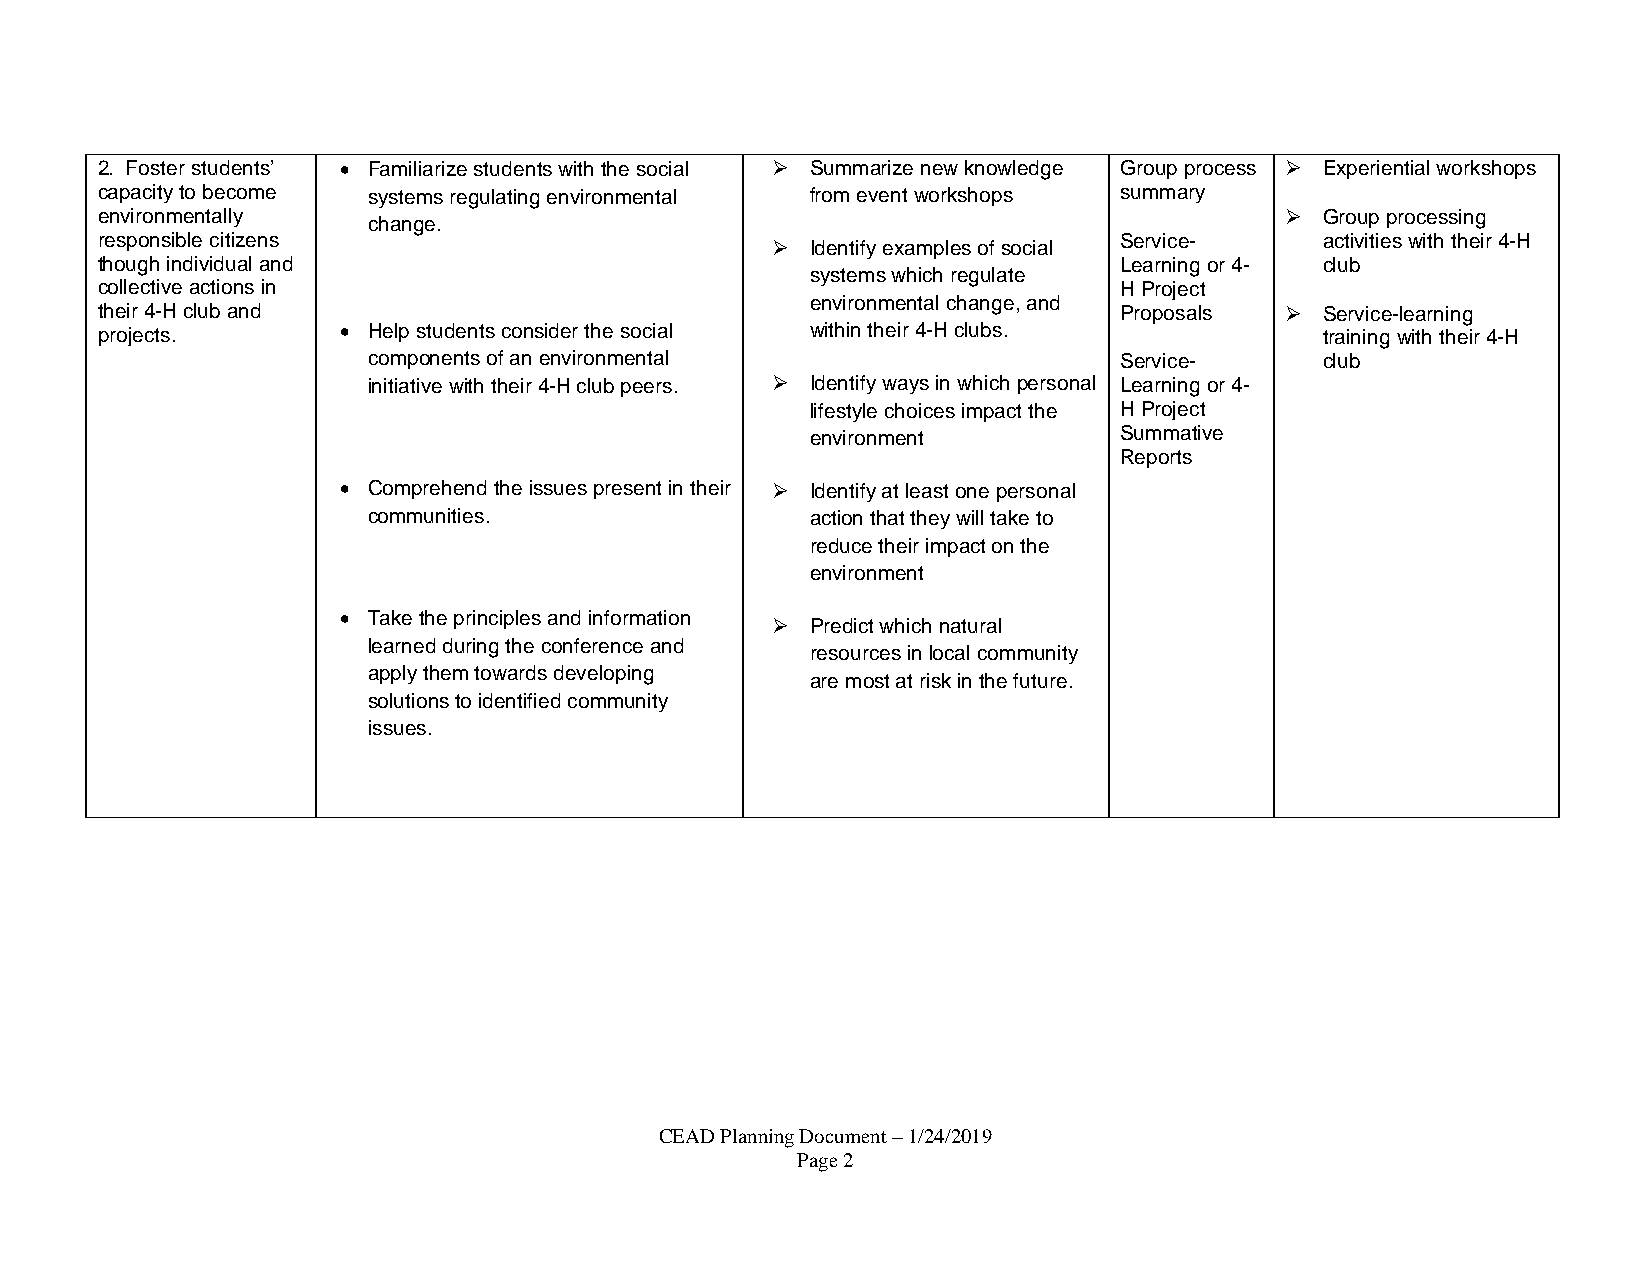
2. Foster students’ • Familiarize students with the social ➢ Summarize new knowledge Group process ➢ Experiential workshops
 capacity to become systems regulating environmental from event workshops summary
 environmentally                                                                ➢  Group processing
 change.
 responsible citizens                                                Service-      activities with their 4-H
 ➢  Identify examples of social
 though individual and                                               Learning or 4- club
 systems which regulate
 collective actions in                                               H Project
 environmental change, and
 their 4-H club and                                                  Proposals  ➢  Service-learning
 projects.       • Help students consider the social within their 4-H clubs.       training with their 4-H
 components of an environmental                    Service-      club
 initiative with their 4-H club peers. ➢ Identify ways in which personal Learning or 4-
 lifestyle choices impact the H Project
 environment         Summative
 Reports
 • Comprehend the issues present in their ➢ Identify at least one personal
 communities.                  action that they will take to
 reduce their impact on the
 environment
 • Take the principles and information
 ➢  Predict which natural
 learned during the conference and
 resources in local community
 apply them towards developing
 are most at risk in the future.
 solutions to identified community
 issues.
 CEAD Planning Document – 1/24/2019
 Page 2